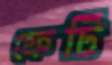
ফেটি